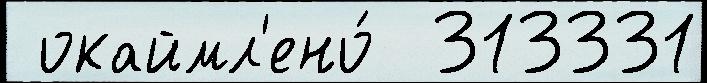
 окаймл'ено́  313331